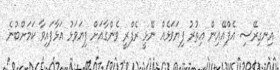
އިނގިރޭސި އެފްއޭއިން އިތުރު ފިޔަވަޅެއް ނޭޅީ ރެފްރީ ވެންގާއަށް ފިޔަވަޅު އަޅާފައިވާ ކަމަށްބުނެ